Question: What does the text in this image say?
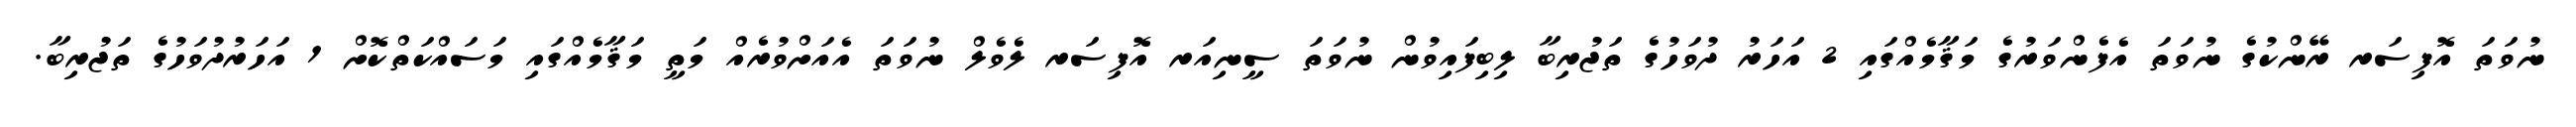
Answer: ނުވަތަ އޮފިސަރ ރޭންކުގެ ނުވަތަ އެފެންވަރުގެ މަޤާމެއްގައި 2 އަހަރު ދުވަހުގެ ތަޖުރިބާ ލިބިފައިވުން ނުވަތަ ސީނިއަރ އޮފިސަރ ލެވެލް ނުވަތަ އެއަށްވުރެއް މަތީ މަޤާމެއްގައި މަސައްކަތްކޮށް 1 އަހަރުދުވަހުގެ ތަޖުރިބާ.